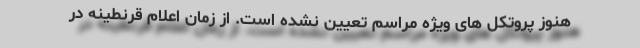
هنوز پروتکل های ویژه مراسم تعیین نشده است. از زمان اعلام قرنطینه در